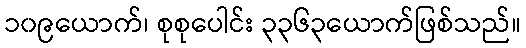
၁၀၉ယောက်၊ စုစုပေါင်း ၃၃၆၃ယောက်ဖြစ်သည်။